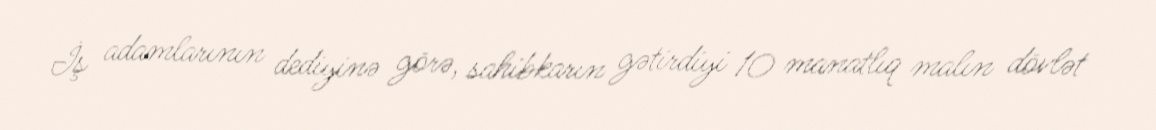
İş adamlarının dediyinə görə, sahibkarın gətirdiyi 10 manatlıq malın dövlət